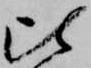
比